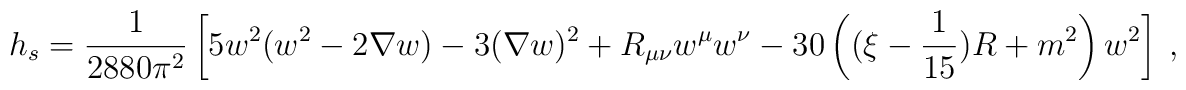
h_s={1 \over 2880\pi^2}\left[5w^2(w^2-2\nabla w)-3(\nabla w)^2+R_{\mu\nu}w^\mu w^\nu-30\left((\xi-{1 \over 15})R+m^2\right)w^2\right]~,